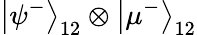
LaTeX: \left|\psi^{-}\right\rangle_{12}\otimes\left|\mu^{-}\right\rangle_{12}